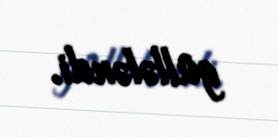
güllələndi.